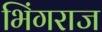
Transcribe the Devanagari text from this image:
भिंगराज